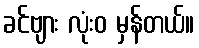
ခင်ဗျား လုံးဝ မှန်တယ်။